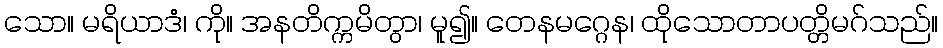
သော။ မရိယာဒံ၊ ကို။ အနတိက္ကမိတွာ၊ မူ၍။ တေနမဂ္ဂေန၊ ထိုသောတာပတ္တိမဂ်သည်။